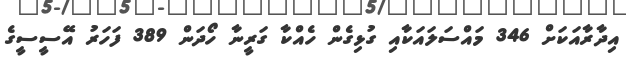
އިދާރާއަކަށް 346 މައްސަލައަކާއި ގުޅިގެން ހެއްކާ ގަރީނާ ހޯދަން 389 ފަހަރު އޭސީސީގެ